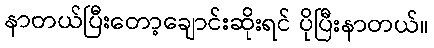
နာတယ်ပြီးတော့ချောင်းဆိုးရင် ပိုပြီးနာတယ်။